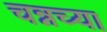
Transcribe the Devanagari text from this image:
चन्नच्या